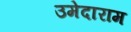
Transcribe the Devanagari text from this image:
उमेदाराम